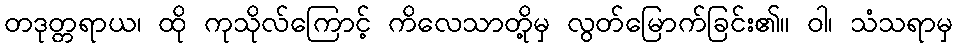
တဒုတ္တရာယ၊ ထို ကုသိုလ်ကြောင့် ကိလေသာတို့မှ လွတ်မြောက်ခြင်း၏။ ဝါ၊ သံသရာမှ